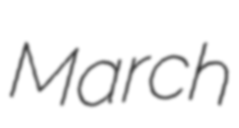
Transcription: March